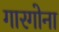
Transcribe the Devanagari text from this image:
गारगोना